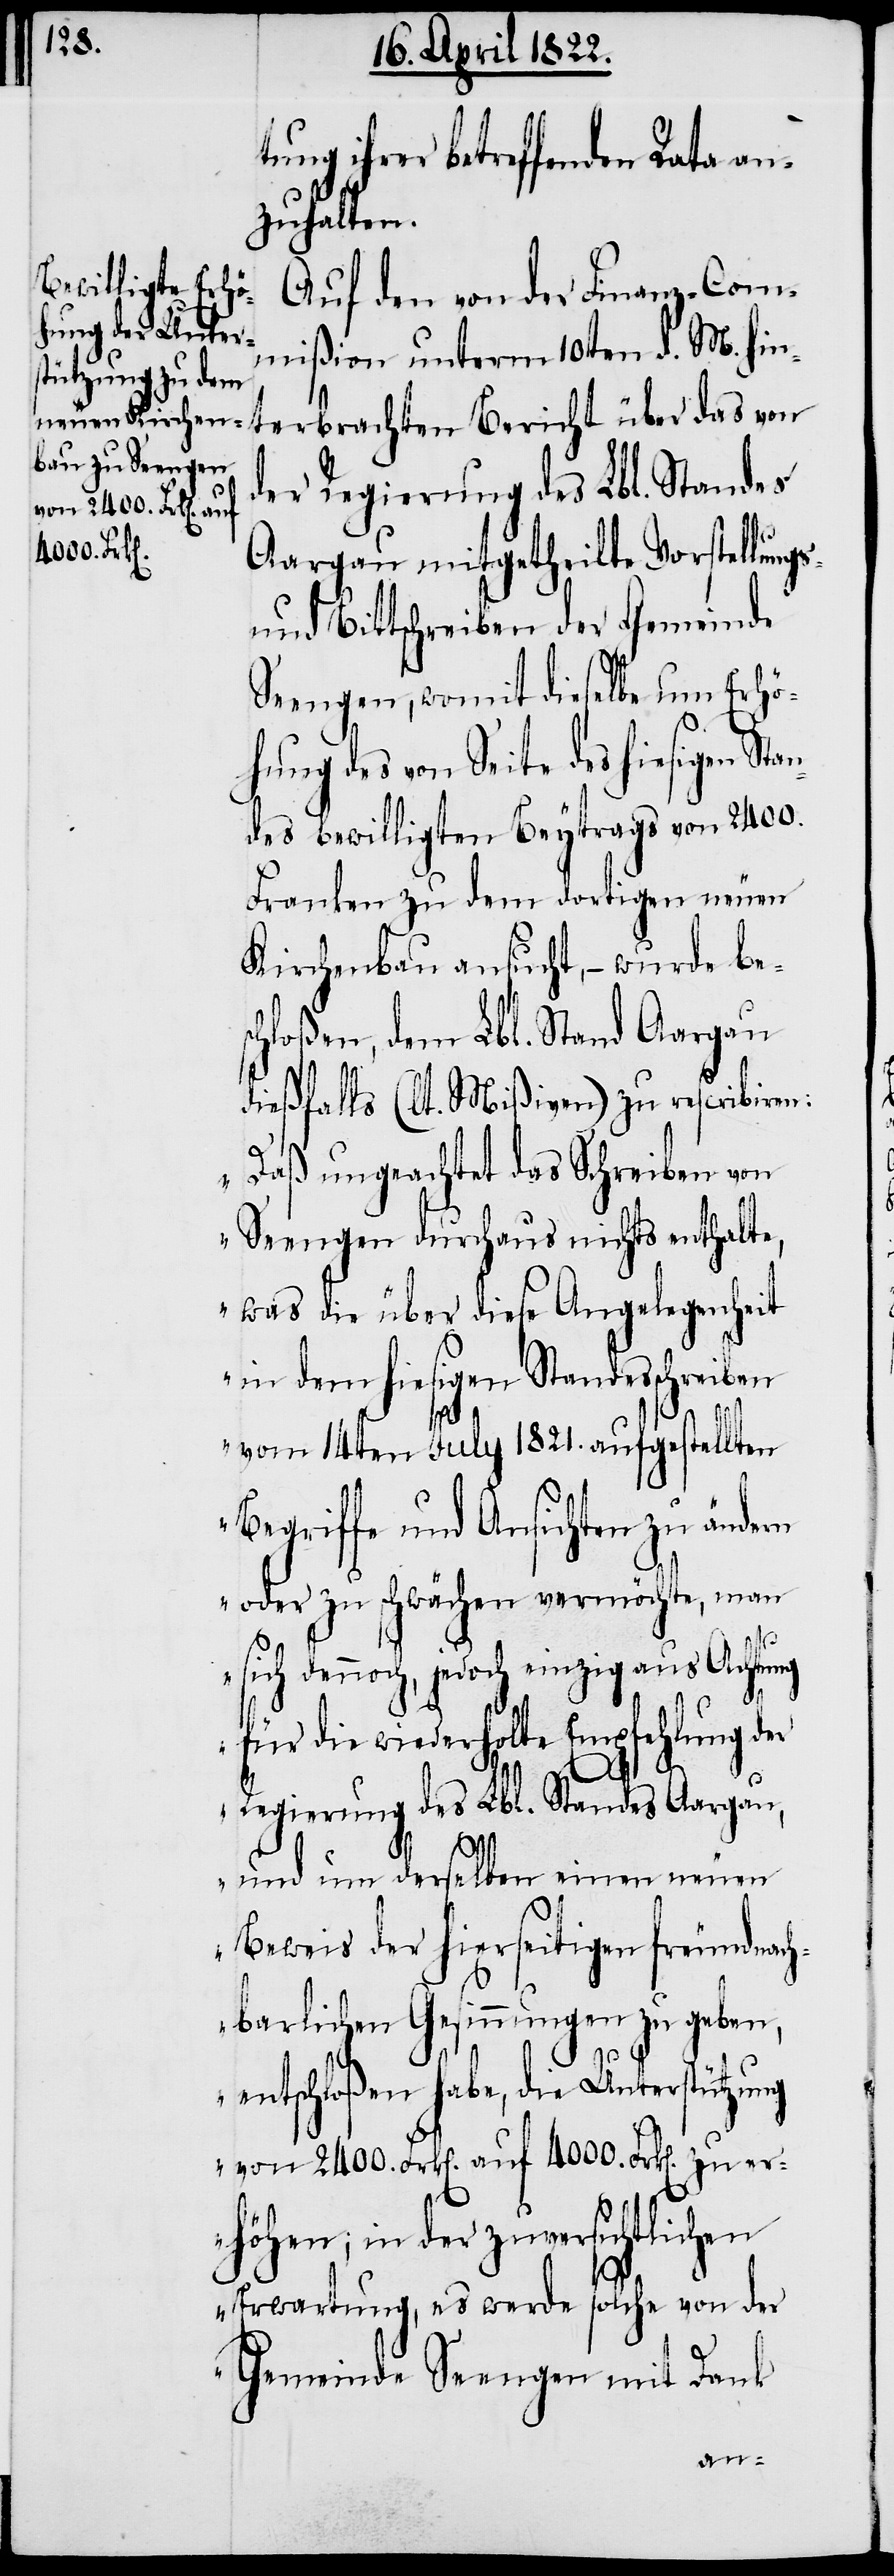
von 2400. Frk[en].
4000. Frk[e¬

tung ihrer betreffenden Rata
zuhalten.
Auf den von der Finanz-Com¬
mißion unterm 10ten d. M. hin¬
terbrachten Bericht über das von
der Regierung des Lbl. Standes
Aargau mitgetheilte Vorstellung¬
und Bittschreiben der Gemeinde
Seengen, womit dieselbe um Erhö¬
hung des von Seite des hiesigen Sta¬
ndes bewilligten Beytrags von 2400.
Franken zu dem dortigen neuen
Kirchenbau ansucht,– wurde bes¬
chloßen, dem Lbl. Stand Aargau
dießfalls (lt. Mißiven) zu rescribiren:
n].
„Daß ungeachtet das Schreiben von
Seengen durchaus nichts enthalte,
was die über diese Angelegenheit
in dem hiesigen Standesschreiben
vom 14ten July 1821. aufgestellten
Begriffe und Ansichten zu ändern
oder zu schwächen vermöchte, man
dennoch, jedoch einzig aus Achtung
für die wiederholte Empfehlung der
s-
Regierung des Lbl. Standes Aargau,
und um derselben einen neuen
Beweis der hierseitigen freundnach¬
barlichen Gesinnungen zu geben,
entschloßen habe, die Unterstützung
erhöhen; in der zuversichtlichen
Erwartung, es werde solche von der
Gemeinde Seengen mit Dank
an¬